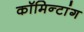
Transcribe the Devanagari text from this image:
कॉमिन्टांग